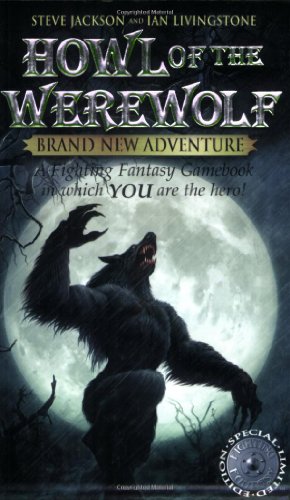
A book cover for Howl of the Werewolf (Fighting Fantasy); Steve Jackson; Children's Books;